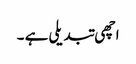
اچھی تبدیلی ہے ۔